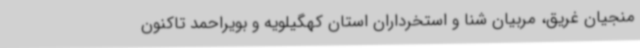
منجیان غریق، مربیان شنا و استخرداران استان کهگیلویه و بویراحمد تاکنون